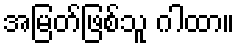
အမြတ်ဖြစ်သူ ဂါထာ။